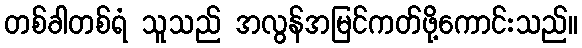
တစ်ခါတစ်ရံ သူသည် အလွန်အမြင်ကတ်ဖို့ကောင်းသည်။